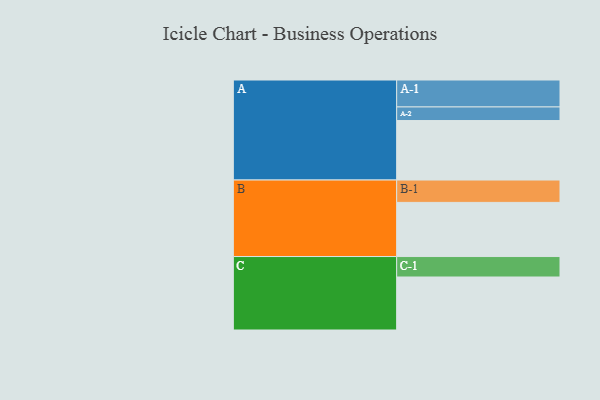
{"axis": {"x": "Segment", "y": "Value"}, "legend": ["", "A", "B", "C"], "data": [{"x": "A", "y": 468, "type": ""}, {"x": "B", "y": 426, "type": ""}, {"x": "C", "y": 417, "type": ""}, {"x": "A-1", "y": 212, "type": "A"}, {"x": "A-2", "y": 107, "type": "A"}, {"x": "B-1", "y": 176, "type": "B"}, {"x": "C-1", "y": 161, "type": "C"}]}